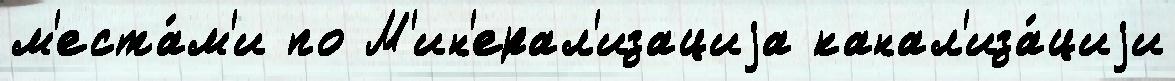
м'еста́м'и по М'ин'ерал'изациjа канал'иза́циjи